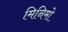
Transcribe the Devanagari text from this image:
मिनिमो